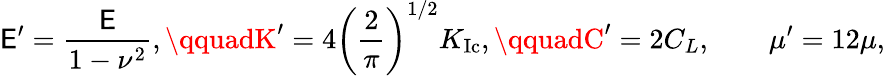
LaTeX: \mathsf{E}^{\prime}=\frac{{\mathsf{E}}}{{1-\nu^{2}}},\qquadK^{\prime}=4\left(\frac{{2}}{{\pi}}\right)^{1/2}K_{\mathrm{{Ic}}},\qquadC^{\prime}=2C_{L},\qquad\mu^{\prime}=12\mu,